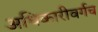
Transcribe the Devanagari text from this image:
अधिकारीवर्गच